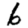
Digit: 6